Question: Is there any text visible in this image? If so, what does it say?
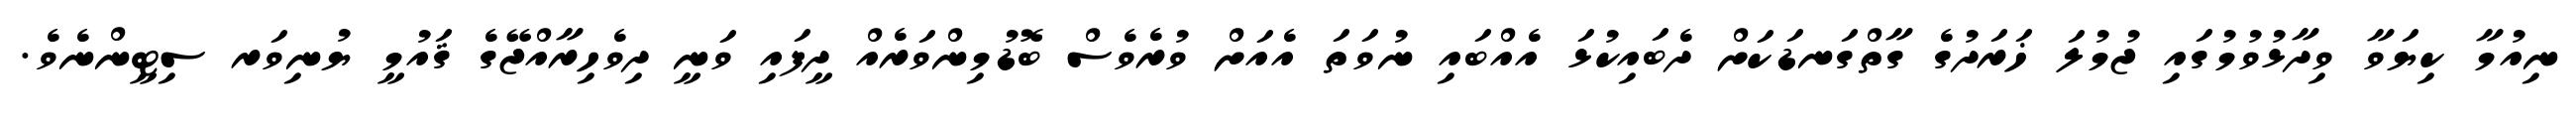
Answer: ނިއުމާ ކިޔަވާ ވިދާޅުވުމުގައި ޖުމުލަ ޚަރަދުގެ ގާތްގަނޑަކަށް ދެބައިކުޅަ އެއްބައި ނުވަތަ އެއަށް ވުރެވެސް ބޮޑުމިންވަރެއް ދީފައި ވަނީ ދިވެހިރާއްޖޭގެ ޤައުމީ ޔުނިވަރ ސިޓީންނެވެ.